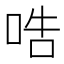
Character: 哠